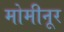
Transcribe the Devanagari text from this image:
मोमीनूर